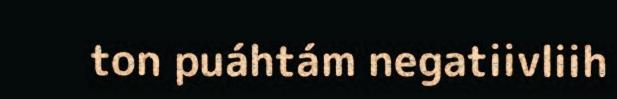
ton puáhtám negatiivliih